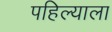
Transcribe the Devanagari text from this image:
पहिल्याला